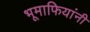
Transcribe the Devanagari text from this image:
भूमाफियांनी